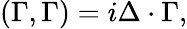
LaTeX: (\Gamma,\Gamma)=i\Delta\cdot\Gamma,